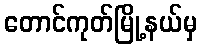
တောင်ကုတ်မြို့နယ်မှ